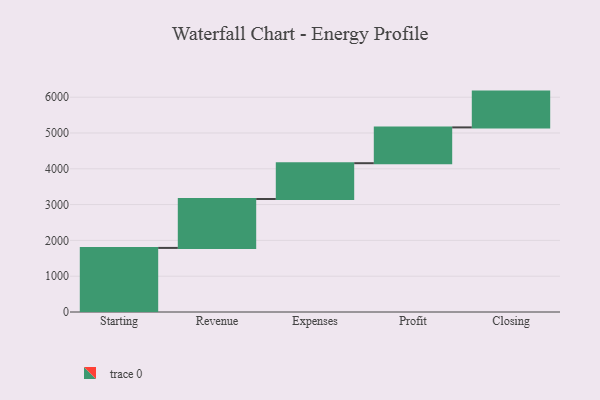
{"axis": {"x": "Step", "y": "Value"}, "legend": [""], "data": [{"x": "Starting", "y": 1790.0, "type": ""}, {"x": "Revenue", "y": 1366.0, "type": ""}, {"x": "Expenses", "y": 1000, "type": ""}, {"x": "Profit", "y": 1000, "type": ""}, {"x": "Closing", "y": 1000, "type": ""}]}